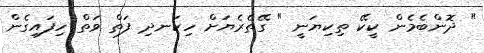
" ދޮންބެމެން ކީކޭ ތިކިޔަނީ " ގޭތެރެޔަށް ހިކަނދި ފަތް ވަތް ހިފައިގެން